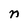
Character: n